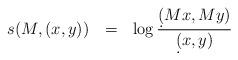
LaTeX: \begin{align*} s(M,(x,y)) \ \ = \ \ \log \frac{\d(Mx,My)}{\d(x,y)}\end{align*}